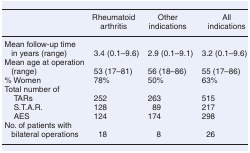
<table><thead><tr><td></td><td><b>Rheumatoid arthritis</b></td><td><b>Other indications</b></td><td><b>All indications</b></td></tr></thead><tbody><tr><td>Mean follow-up time in years (range)</td><td>3.4 (0.1–9.6)</td><td>2.9 (0.1–9.1)</td><td>3.2 (0.1–9.6)</td></tr><tr><td>Mean age at operation (range)</td><td>53 (17–81)</td><td>56 (18–86)</td><td>55 (17–86)</td></tr><tr><td>% Women</td><td>78%</td><td>50%</td><td>63%</td></tr><tr><td colspan="4">Total number of</td></tr><tr><td> TARs</td><td>252</td><td>263</td><td>515</td></tr><tr><td> S.T.A.R.</td><td>128</td><td>89</td><td>217</td></tr><tr><td> AES</td><td>124</td><td>174</td><td>298</td></tr><tr><td>No. of patients with bilateral operations</td><td>18</td><td>8</td><td>26</td></tr></tbody></table>